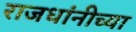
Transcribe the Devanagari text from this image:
राजधांनीच्या